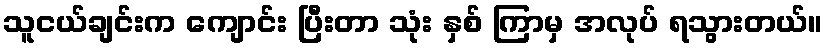
သူငယ်ချင်းက ကျောင်း ပြီးတာ သုံး နှစ် ကြာမှ အလုပ် ရသွားတယ်။